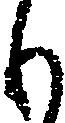
も